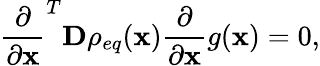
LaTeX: \frac{\partial}{\partial\mathbf{x}}^{T}\mathbf{D}\rho_{eq}(\mathbf{x})\frac{\partial}{\partial\mathbf{x}}g(\mathbf{x})=0,